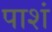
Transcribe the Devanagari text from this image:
पाशं